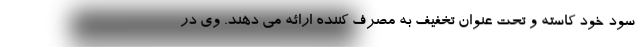
سود خود کاسته و تحت عنوان تخفیف به مصرف کننده ارائه می دهند. وی در